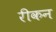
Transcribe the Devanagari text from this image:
रीकन